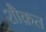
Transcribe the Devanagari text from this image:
शौक़त